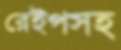
রেইপসহ